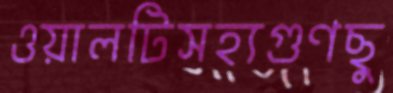
ওয়ালটিসহ্যগুণছু